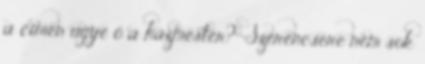
a címen ugye ő a házmester?” Szerencsére nem sok